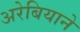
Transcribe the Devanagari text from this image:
अरेबियाने